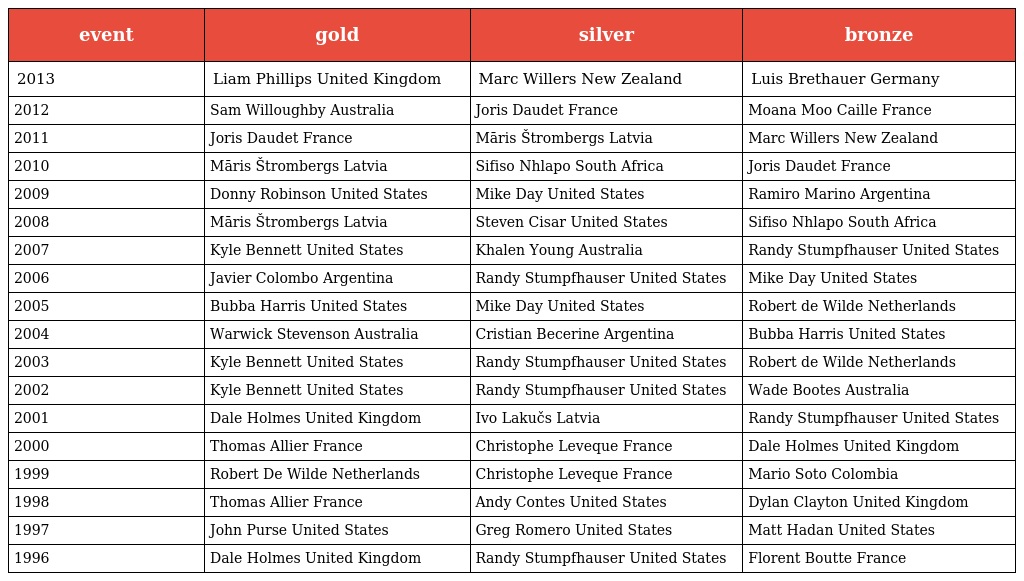
| event | gold | silver | bronze |
 | --- | --- | --- | --- |
 | 2013 | Liam Phillips United Kingdom | Marc Willers New Zealand | Luis Brethauer Germany |
 | 2012 | Sam Willoughby Australia | Joris Daudet France | Moana Moo Caille France |
 | 2011 | Joris Daudet France | Māris Štrombergs Latvia | Marc Willers New Zealand |
 | 2010 | Māris Štrombergs Latvia | Sifiso Nhlapo South Africa | Joris Daudet France |
 | 2009 | Donny Robinson United States | Mike Day United States | Ramiro Marino Argentina |
 | 2008 | Māris Štrombergs Latvia | Steven Cisar United States | Sifiso Nhlapo South Africa |
 | 2007 | Kyle Bennett United States | Khalen Young Australia | Randy Stumpfhauser United States |
 | 2006 | Javier Colombo Argentina | Randy Stumpfhauser United States | Mike Day United States |
 | 2005 | Bubba Harris United States | Mike Day United States | Robert de Wilde Netherlands |
 | 2004 | Warwick Stevenson Australia | Cristian Becerine Argentina | Bubba Harris United States |
 | 2003 | Kyle Bennett United States | Randy Stumpfhauser United States | Robert de Wilde Netherlands |
 | 2002 | Kyle Bennett United States | Randy Stumpfhauser United States | Wade Bootes Australia |
 | 2001 | Dale Holmes United Kingdom | Ivo Lakučs Latvia | Randy Stumpfhauser United States |
 | 2000 | Thomas Allier France | Christophe Leveque France | Dale Holmes United Kingdom |
 | 1999 | Robert De Wilde Netherlands | Christophe Leveque France | Mario Soto Colombia |
 | 1998 | Thomas Allier France | Andy Contes United States | Dylan Clayton United Kingdom |
 | 1997 | John Purse United States | Greg Romero United States | Matt Hadan United States |
 | 1996 | Dale Holmes United Kingdom | Randy Stumpfhauser United States | Florent Boutte France |